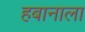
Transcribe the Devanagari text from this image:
हबानाला